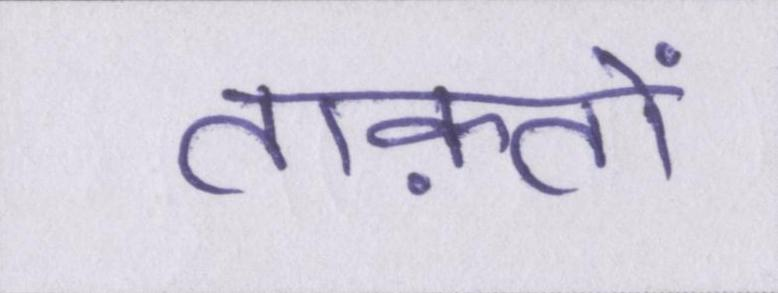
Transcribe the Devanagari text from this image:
ताक़तों